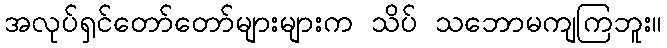
အလုပ်ရှင်တော်တော်များများက သိပ် သဘောမကျကြဘူး။